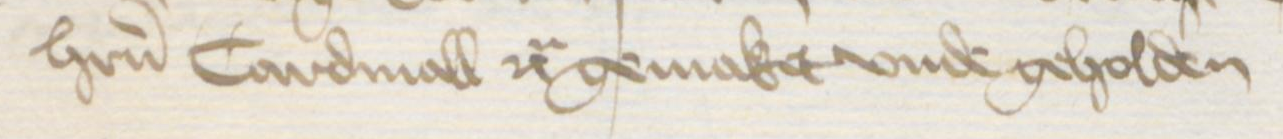
herrn Cardinall etc gemaket vnde geholden